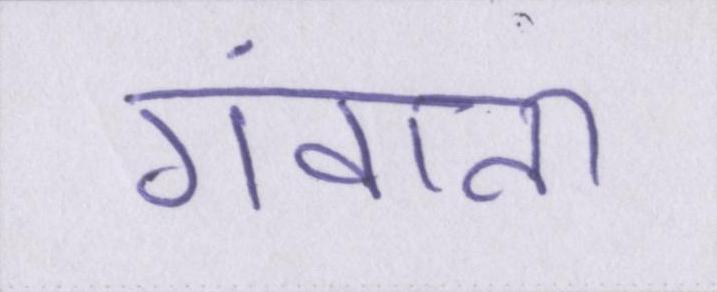
गंवाना